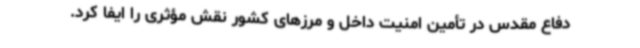
دفاع مقدس در تأمین امنیت داخل و مرزهای کشور نقش مؤثری را ایفا کرد.